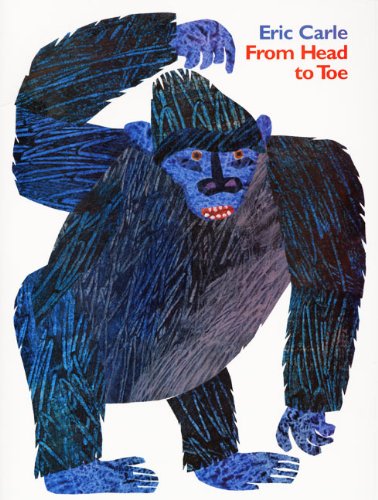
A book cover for From Head to Toe; Eric Carle; Health, Fitness & Dieting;